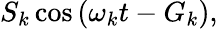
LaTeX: S_{k}\cos{(\omega_{k}t-G_{k})},